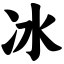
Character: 冰